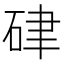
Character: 硉